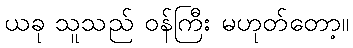
ယခု သူသည် ဝန်ကြီး မဟုတ်တော့။